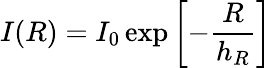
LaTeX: I(R)=I_{0}\exp\left[{-{\frac{R}{h_{R}}}}\right]